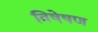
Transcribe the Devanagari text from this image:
विषेषण